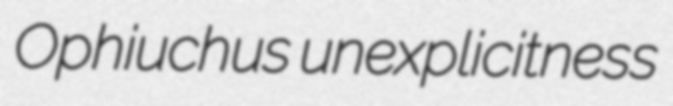
Ophiuchus unexplicitness